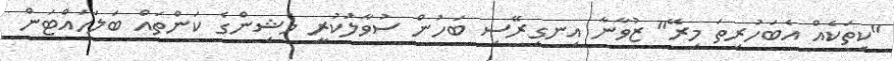
"ކިތަކެއް އެބަހުރިތަ މިރޭ" ޒުވާނާ އިނގިރޭސި ބަހުން ސުވާލުކުރީ މެޝިންގެ ކަންތައް ބަލަހައްޓަން